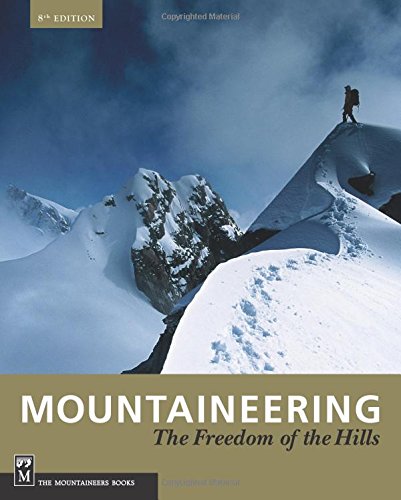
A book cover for Mountaineering: Freedom of the Hills, 8th Edition; The Mountaineers Books; Sports & Outdoors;